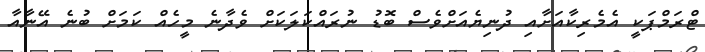
ޓްރަމްޕަކީ އެމެރިކާއަށާއި ދުނިޔެއަށްވެސް ބޮޑު ނުރައްކަލަކަށް ވެދާނެ މީހެއް ކަމަށް ބުނެ އޭނާއާ